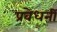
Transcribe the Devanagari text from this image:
प्रवेधनी